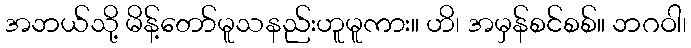
အဘယ်သို့ မိန့်တော်မူသနည်းဟူမူကား။ ဟိ၊ အမှန်စင်စစ်။ ဘဂဝါ၊